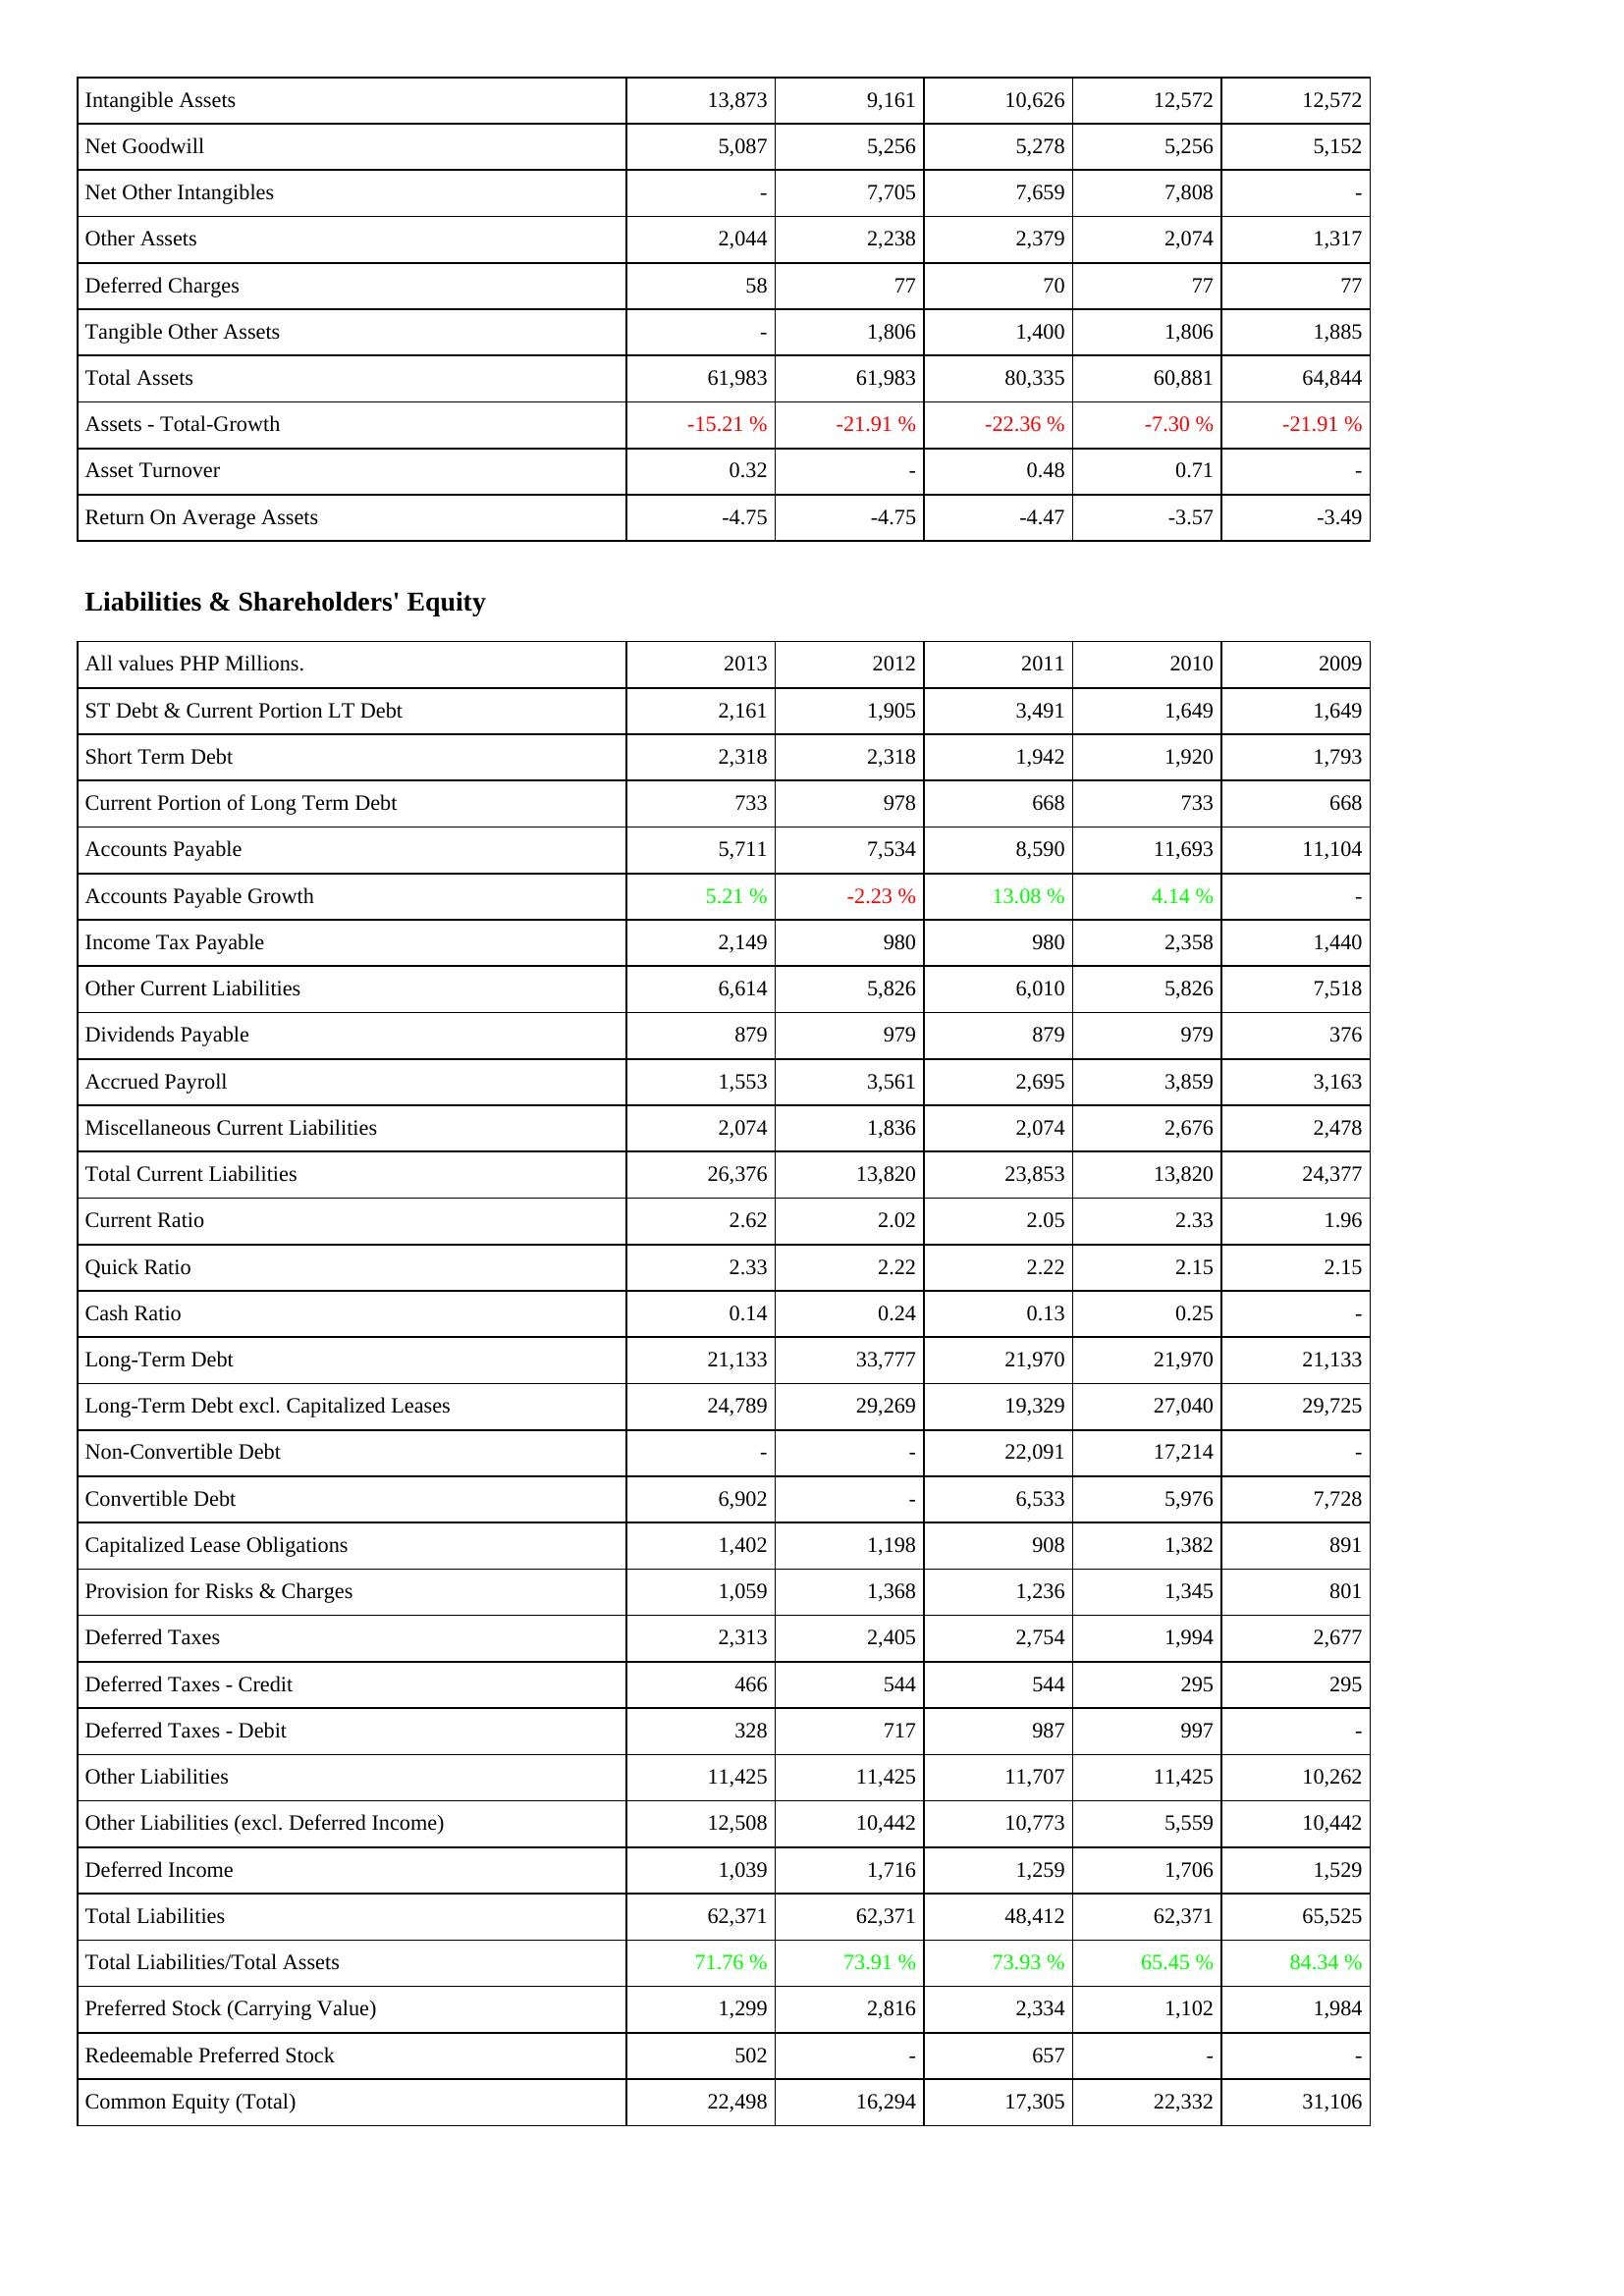
2013: Assets: Intangible Assets: 13,873
Net Goodwill: 5,087
Net Other Intangibles: -
Other Assets: 2,044
Deferred Charges: 58
Tangible Other Assets: -
Total Assets: 61,983
Assets - Total-Growth: -15.21 %
Asset Turnover: 0.32
Return On Average Assets: -4.75
Liabilities & Shareholders' Equity: ST Debt & Current Portion LT Debt: 2,161
Short Term Debt: 2,318
Current Portion of Long Term Debt: 733
Accounts Payable: 5,711
Accounts Payable Growth: 5.21 %
Income Tax Payable: 2,149
Other Current Liabilities: 6,614
Dividends Payable: 879
Accrued Payroll: 1,553
Miscellaneous Current Liabilities: 2,074
Total Current Liabilities: 26,376
Current Ratio: 2.62
Quick Ratio: 2.33
Cash Ratio: 0.14
Long-Term Debt: 21,133
Long-Term Debt excl. Capitalized Leases: 24,789
Non-Convertible Debt: -
Convertible Debt: 6,902
Capitalized Lease Obligations: 1,402
Provision for Risks & Charges: 1,059
Deferred Taxes: 2,313
Deferred Taxes - Credit: 466
Deferred Taxes - Debit: 328
Other Liabilities: 11,425
Other Liabilities (excl. Deferred Income): 12,508
Deferred Income: 1,039
Total Liabilities: 62,371
Total Liabilities/Total Assets: 71.76 %
Preferred Stock (Carrying Value): 1,299
Redeemable Preferred Stock: 502
Common Equity (Total): 22,498
2012: Assets: Intangible Assets: 9,161
Net Goodwill: 5,256
Net Other Intangibles: 7,705
Other Assets: 2,238
Deferred Charges: 77
Tangible Other Assets: 1,806
Total Assets: 61,983
Assets - Total-Growth: -21.91 %
Asset Turnover: -
Return On Average Assets: -4.75
Liabilities & Shareholders' Equity: ST Debt & Current Portion LT Debt: 1,905
Short Term Debt: 2,318
Current Portion of Long Term Debt: 978
Accounts Payable: 7,534
Accounts Payable Growth: -2.23 %
Income Tax Payable: 980
Other Current Liabilities: 5,826
Dividends Payable: 979
Accrued Payroll: 3,561
Miscellaneous Current Liabilities: 1,836
Total Current Liabilities: 13,820
Current Ratio: 2.02
Quick Ratio: 2.22
Cash Ratio: 0.24
Long-Term Debt: 33,777
Long-Term Debt excl. Capitalized Leases: 29,269
Non-Convertible Debt: -
Convertible Debt: -
Capitalized Lease Obligations: 1,198
Provision for Risks & Charges: 1,368
Deferred Taxes: 2,405
Deferred Taxes - Credit: 544
Deferred Taxes - Debit: 717
Other Liabilities: 11,425
Other Liabilities (excl. Deferred Income): 10,442
Deferred Income: 1,716
Total Liabilities: 62,371
Total Liabilities/Total Assets: 73.91 %
Preferred Stock (Carrying Value): 2,816
Redeemable Preferred Stock: -
Common Equity (Total): 16,294
2011: Assets: Intangible Assets: 10,626
Net Goodwill: 5,278
Net Other Intangibles: 7,659
Other Assets: 2,379
Deferred Charges: 70
Tangible Other Assets: 1,400
Total Assets: 80,335
Assets - Total-Growth: -22.36 %
Asset Turnover: 0.48
Return On Average Assets: -4.47
Liabilities & Shareholders' Equity: ST Debt & Current Portion LT Debt: 3,491
Short Term Debt: 1,942
Current Portion of Long Term Debt: 668
Accounts Payable: 8,590
Accounts Payable Growth: 13.08 %
Income Tax Payable: 980
Other Current Liabilities: 6,010
Dividends Payable: 879
Accrued Payroll: 2,695
Miscellaneous Current Liabilities: 2,074
Total Current Liabilities: 23,853
Current Ratio: 2.05
Quick Ratio: 2.22
Cash Ratio: 0.13
Long-Term Debt: 21,970
Long-Term Debt excl. Capitalized Leases: 19,329
Non-Convertible Debt: 22,091
Convertible Debt: 6,533
Capitalized Lease Obligations: 908
Provision for Risks & Charges: 1,236
Deferred Taxes: 2,754
Deferred Taxes - Credit: 544
Deferred Taxes - Debit: 987
Other Liabilities: 11,707
Other Liabilities (excl. Deferred Income): 10,773
Deferred Income: 1,259
Total Liabilities: 48,412
Total Liabilities/Total Assets: 73.93 %
Preferred Stock (Carrying Value): 2,334
Redeemable Preferred Stock: 657
Common Equity (Total): 17,305
2010: Assets: Intangible Assets: 12,572
Net Goodwill: 5,256
Net Other Intangibles: 7,808
Other Assets: 2,074
Deferred Charges: 77
Tangible Other Assets: 1,806
Total Assets: 60,881
Assets - Total-Growth: -7.30 %
Asset Turnover: 0.71
Return On Average Assets: -3.57
Liabilities & Shareholders' Equity: ST Debt & Current Portion LT Debt: 1,649
Short Term Debt: 1,920
Current Portion of Long Term Debt: 733
Accounts Payable: 11,693
Accounts Payable Growth: 4.14 %
Income Tax Payable: 2,358
Other Current Liabilities: 5,826
Dividends Payable: 979
Accrued Payroll: 3,859
Miscellaneous Current Liabilities: 2,676
Total Current Liabilities: 13,820
Current Ratio: 2.33
Quick Ratio: 2.15
Cash Ratio: 0.25
Long-Term Debt: 21,970
Long-Term Debt excl. Capitalized Leases: 27,040
Non-Convertible Debt: 17,214
Convertible Debt: 5,976
Capitalized Lease Obligations: 1,382
Provision for Risks & Charges: 1,345
Deferred Taxes: 1,994
Deferred Taxes - Credit: 295
Deferred Taxes - Debit: 997
Other Liabilities: 11,425
Other Liabilities (excl. Deferred Income): 5,559
Deferred Income: 1,706
Total Liabilities: 62,371
Total Liabilities/Total Assets: 65.45 %
Preferred Stock (Carrying Value): 1,102
Redeemable Preferred Stock: -
Common Equity (Total): 22,332
2009: Assets: Intangible Assets: 12,572
Net Goodwill: 5,152
Net Other Intangibles: -
Other Assets: 1,317
Deferred Charges: 77
Tangible Other Assets: 1,885
Total Assets: 64,844
Assets - Total-Growth: -21.91 %
Asset Turnover: -
Return On Average Assets: -3.49
Liabilities & Shareholders' Equity: ST Debt & Current Portion LT Debt: 1,649
Short Term Debt: 1,793
Current Portion of Long Term Debt: 668
Accounts Payable: 11,104
Accounts Payable Growth: -
Income Tax Payable: 1,440
Other Current Liabilities: 7,518
Dividends Payable: 376
Accrued Payroll: 3,163
Miscellaneous Current Liabilities: 2,478
Total Current Liabilities: 24,377
Current Ratio: 1.96
Quick Ratio: 2.15
Cash Ratio: -
Long-Term Debt: 21,133
Long-Term Debt excl. Capitalized Leases: 29,725
Non-Convertible Debt: -
Convertible Debt: 7,728
Capitalized Lease Obligations: 891
Provision for Risks & Charges: 801
Deferred Taxes: 2,677
Deferred Taxes - Credit: 295
Deferred Taxes - Debit: -
Other Liabilities: 10,262
Other Liabilities (excl. Deferred Income): 10,442
Deferred Income: 1,529
Total Liabilities: 65,525
Total Liabilities/Total Assets: 84.34 %
Preferred Stock (Carrying Value): 1,984
Redeemable Preferred Stock: -
Common Equity (Total): 31,106